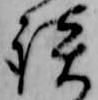
談